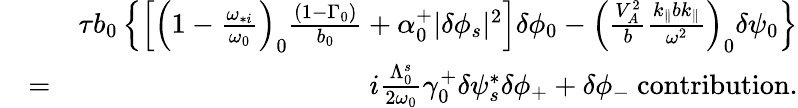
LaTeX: \begin{array}{rlr}&{}&{\tau b_{0}\left\{ \left[\left(1-\frac{\omega_{*i}}{\omega_{0}}\right)_{0}\frac{(1-\Gamma_{0})}{b_{0}}+\alpha_{0}^{+}\lvert\delta\phi_{s}\rvert^{2}\right]\delta\phi_{0}-\left(\frac{V_{A}^{2}}{b}\frac{k_{\parallel}bk_{\parallel}}{\omega^{2}}\right)_{0}\delta\psi_{0}\right\} }\\ &{=}&{i\frac{\Lambda_{0}^{s}}{2\omega_{0}}\gamma_{0}^{+}\delta\psi_{s}^{*}\delta\phi_{+}+\delta\phi_{-}\ \mathrm{contribution}.}\end{array}